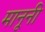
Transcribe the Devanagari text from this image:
मानूनी